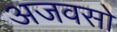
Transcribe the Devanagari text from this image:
अजवसो